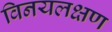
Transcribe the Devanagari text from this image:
विनयलक्षण